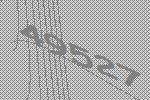
49527